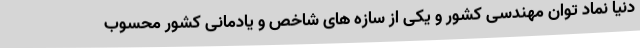
دنیا نماد توان مهندسی کشور و یکی از سازه های شاخص و یادمانی کشور محسوب